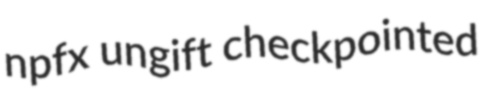
npfx ungift checkpointed